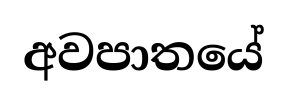
අවපාතයේ